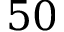
5 0